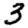
Digit: 3